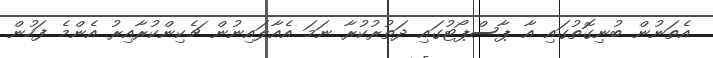
އެތަނުން ބުނިގޮތުގައި އާ ޕާސްޕޯޓުގައި ދަތުރުކުރާ ނަމަ އެއާލައިނުން ޗެކިންކުރާއިރު އެންމެ ފަހުން